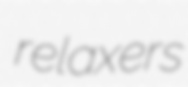
relaxers